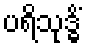
ပရိသုဒ္ဓိံ